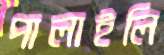
পালাইলি